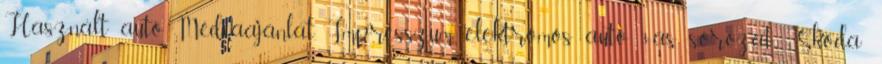
Használt autó Médiaajánlat, Impresszum, elektromos autó 3-as sorozat Skoda: